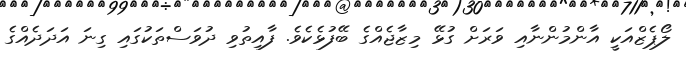
ލޯޕެޒްއަކީ އާންމުންނާއި ވަރަށް ގުޅޭ މިޒާޖެއްގެ ބޭފުޅެކެވެ. ފާއިތުވި ދުވަސްތަކުގައި ގިނަ އަދަދެއްގެ